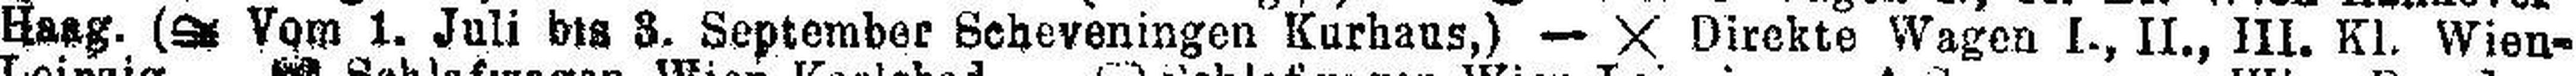
Haag. (### Vom 1. Juli bis 3. September Scheveningen Kurhaus,) — X Direkte Wagen I., II., III. Kl. Wien-